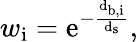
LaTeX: w_{\mathrm{{i}}}=\mathrm{{e}^{-\frac{d_{\mathrm{{b,i}}}}{d_{\mathrm{{s}}}}},}